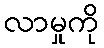
လာမှုကို